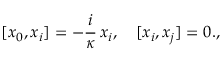
[ x _ { 0 } , x _ { i } ] = - \frac { i } { \kappa } \, x _ { i } , \quad [ x _ { i } , x _ { j } ] = 0 . ,